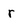
Character: r